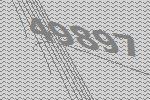
49897